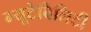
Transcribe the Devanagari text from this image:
म्यूटेबिलिटी